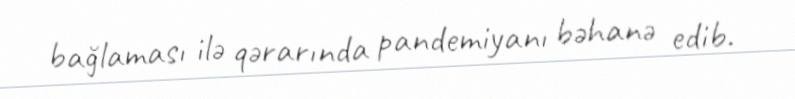
bağlaması ilə qərarında pandemiyanı bəhanə edib.